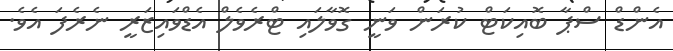
އެންޑް ސްޕާ ބޮއިކަޓް ކުރަން ވަނީ ގޮވާލައި ޓްރެވެލް އެޑްވައިޒަރީ ނެރެފަ އެވެ.